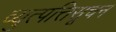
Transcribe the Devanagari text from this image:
व्युत्पत्तिसूचन